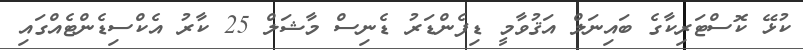
ކުޅޭ ކޮސްޓަރިކާގެ ބައިނަލް އަޤުވާމީ ޑިފެންޑަރު ޑެނިސް މާޝަލް 25 ކާރު އެކްސިޑެންޓެއްގައި